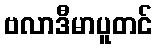
ဗလာဒီမာပူတင်